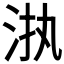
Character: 𱦊